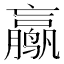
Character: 𱊮